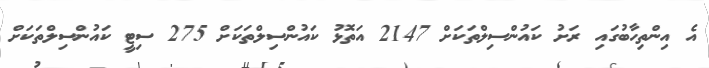
އެ އިންތިހާބުގައި ރަށު ކައުންސިލްތަކަށް 2147 އަތޮޅު ކައުންސިލްތަކަށް 275 ސިޓީ ކައުންސިލްތަކަށް